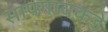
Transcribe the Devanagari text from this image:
सापगावकडे